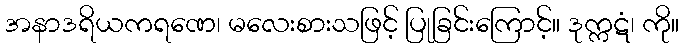
အနာဒရိယကရဏေ၊ မလေးစားသဖြင့် ပြုခြင်းကြောင့်။ ဒုက္ကဋံ၊ ကို။